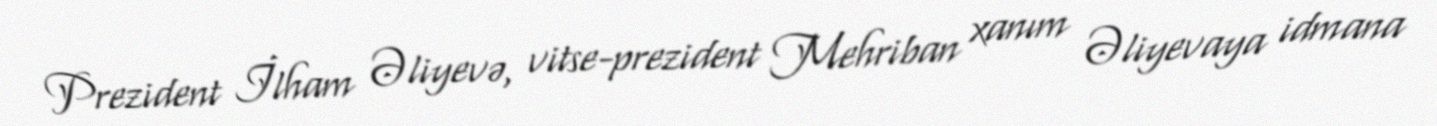
Prezident İlham Əliyevə, vitse-prezident Mehriban xanım Əliyevaya idmana